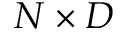
N \times D